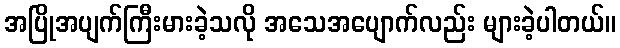
အပြိုအပျက်ကြီးမားခဲ့သလို အသေအပျောက်လည်း များခဲ့ပါတယ်။